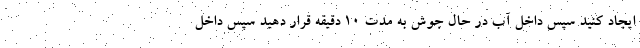
ایجاد کنید سپس داخل آب در حال جوش به مدت ۱۰ دقیقه قرار دهید سپس داخل